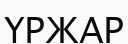
ҮРЖАР